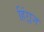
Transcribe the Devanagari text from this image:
हिंग्लज